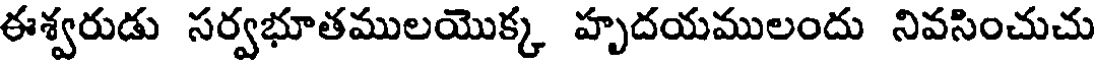
ఈశ్వరుడు సర్వభూతములయొక్క హృదయములందు నివసించుచు